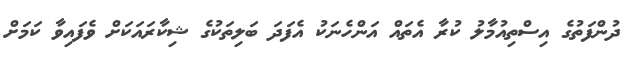
ދުންފަތުގެ އިސްތިއުމާލު ކުރާ އެތައް އަންހެނަކު އެފަދަ ބަލިތަކުގެ ޝިކާރައަކަށް ވެފައިވާ ކަމަށް